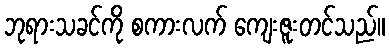
ဘုရားသခင်ကို စကားလက် ကျေးဇူးတင်သည်။